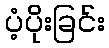
ပံ့ပိုးခြင်း